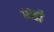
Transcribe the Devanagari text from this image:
१८ही